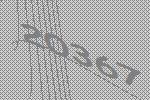
20367